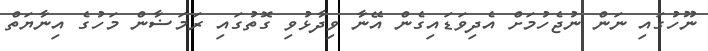
ނޫހުގައި ނަން ނުޖެހުމަށް އެދިވަޑައިގެން އޭނާ ވިދާޅުވި ގޮތުގައި ރަމަޟާން މަހުގެ އިނާޔަތް